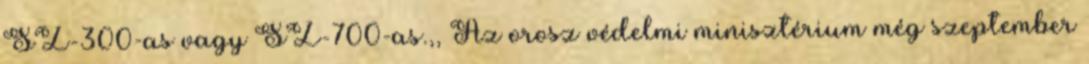
SZ-300-as vagy SZ-700-as.,, Az orosz védelmi minisztérium még szeptember